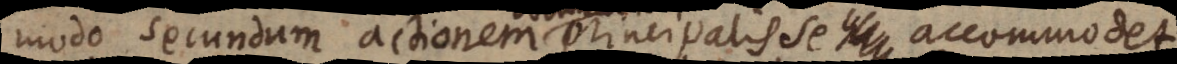
modo secundum actionem principalis se accommode